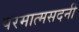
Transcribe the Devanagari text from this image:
परमात्मसदनी